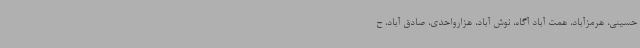
حسینی، هرمزآباد، همت آباد آگاه، نوش آباد، هزارواحدی، صادق آباد، ح